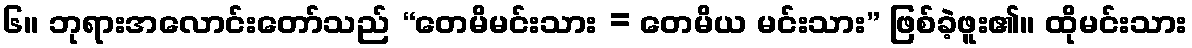
၆။ ဘုရားအလောင်းတော်သည် “တေမိမင်းသား = တေမိယ မင်းသား” ဖြစ်ခဲ့ဖူး၏။ ထိုမင်းသား